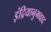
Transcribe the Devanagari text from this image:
इंद्रियानुभवाद